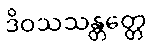
ဒိဝသသန္တတ္တေ